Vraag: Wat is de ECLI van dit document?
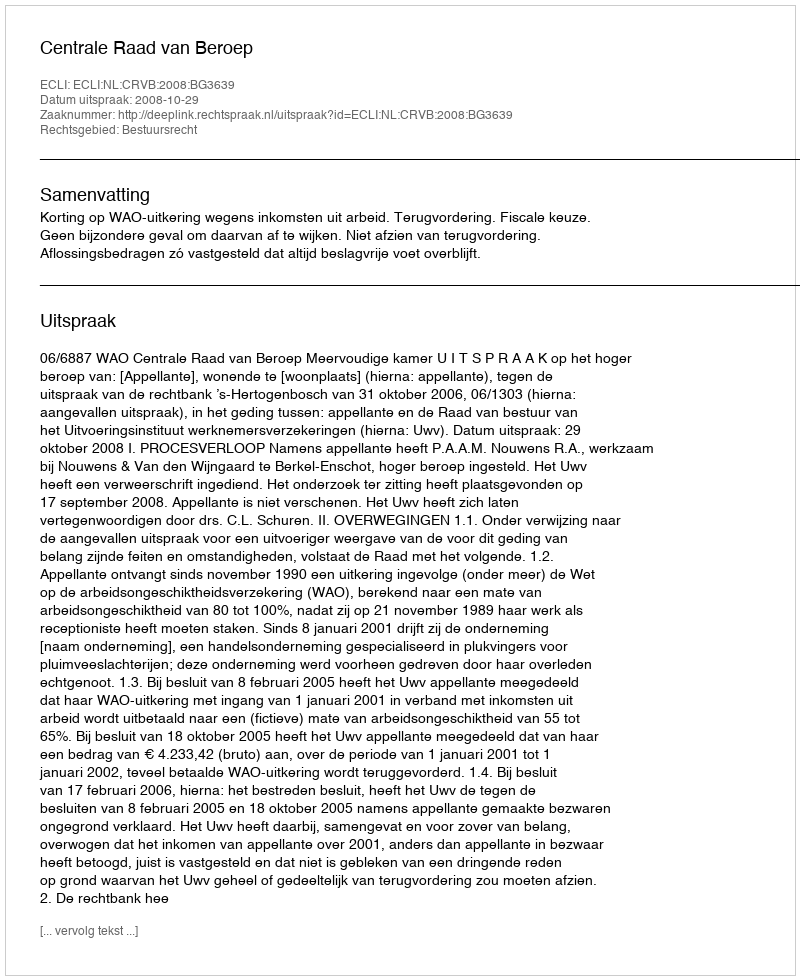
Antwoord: ECLI:NL:CRVB:2008:BG3639